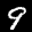
Label: 9